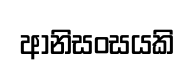
ආනිසංසයකි